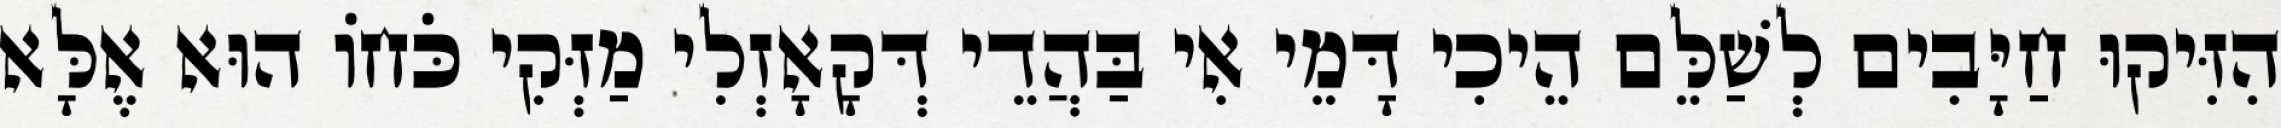
הִזִּיקוּ חַיָּבִים לְשַׁלֵּם הֵיכִי דָּמֵי אִי בַּהֲדֵי דְּקָאָזְלִי מַזְּקִי כֹּחוֹ הוּא אֶלָּא